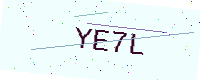
Text: YE7L